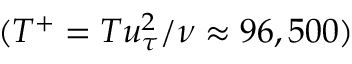
( T ^ { + } = T u _ { \tau } ^ { 2 } / \nu \approx 9 6 , 5 0 0 )